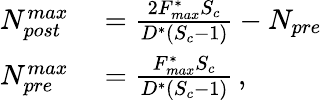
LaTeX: \begin{array}{rl}{N_{post}^{max}}&{{}=\frac{2F_{max}^{*}S_{c}}{D^{*}(S_{c}-1)}-N_{pre}}\\ {N_{pre}^{max}}&{{}=\frac{F_{max}^{*}S_{c}}{D^{*}(S_{c}-1)}\, ,}\end{array}